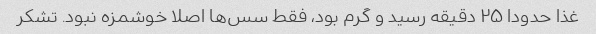
غذا حدودا ۲۵ دقیقه رسید و گرم بود، فقط سس‌ها اصلا خوشمزه نبود. تشکر